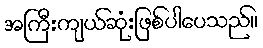
အကြီးကျယ်ဆုံးဖြစ်ပါပေသည်။